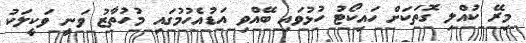
މިރޭ ކުއްލި ގޮތަކަށް ހައިކޯޓު ހުޅުވައި ބޭއްވި އަޑުއެހުމުގައި މުހުތާޒު ވަނީ ވަކީލަކު